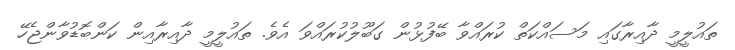
ތައުލީމީ ދާއިރާގައި މަސައްކަތް ކުރައްވާ ބޭފުޅުން ގަބޫލުކުރައްވަ އެވެ. ތައުލީމީ ދާއިރާއިން ކަންބޮޑުވާންޖެހޭ